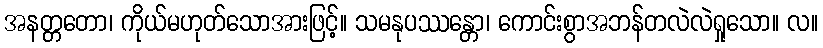
အနတ္တတော၊ ကိုယ်မဟုတ်သောအားဖြင့်။ သမနုပဿန္တော၊ ကောင်းစွာအဘန်တလဲလဲရှုသော။ လ။